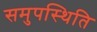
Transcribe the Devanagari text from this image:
समुपस्थिति